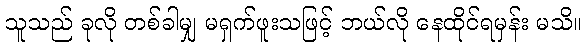
သူသည် ခုလို တစ်ခါမျှ မရှက်ဖူးသဖြင့် ဘယ်လို နေထိုင်ရမှန်း မသိ။